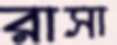
রাসা